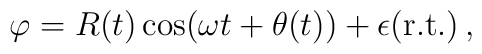
\varphi= R(t) \cos(\omega t + \theta(t)) + \epsilon ({\rm r.t.})\,,